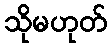
သိုမဟုတ်